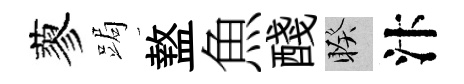
蓼跼盩魚醆睽汴